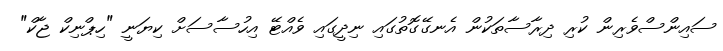
ސައިންސްވެރިން ކުރި ދިރާސާތަކުން އެނގޭގޮތުގައި ނިދީގައި ވެއްޓޭ އިހުސާސަށް ކިޔަނީ "ހިޕްނިކް ޖާކް"